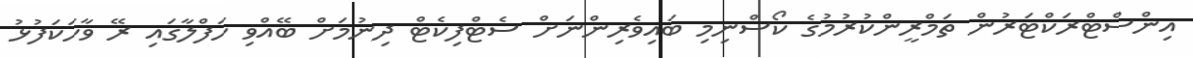
އިންސްޓްރަކްޓަރުން ތަމްރީންކުރުމުގެ ކޯސްނިމި ބައިވެރިންނަށް ސެޓްފިކެޓް ދިނުމަށް ބޭއްވި ހަފްލާގައި ރޭ ވާހަކަފުޅު